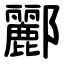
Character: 酈